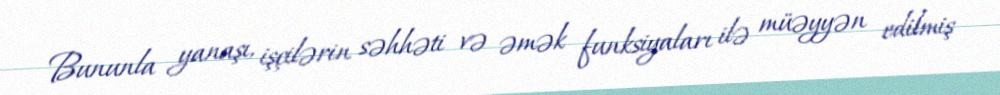
Bununla yanaşı, işçilərin səhhəti və əmək funksiyaları ilə müəyyən edilmiş